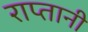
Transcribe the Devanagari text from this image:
राप्तानी